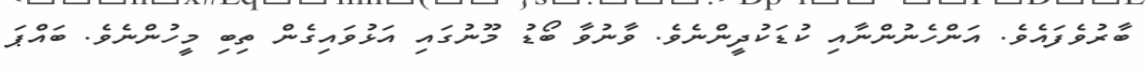
ބާރުވެފައެވެ. އަންހެނުންނާއި ކުޑަކުދީންނެވެ. ވާނުވާ ބޯޑު މޫނުގައި އަޅުވައިގެން ތިބި މީހުންނެވެ. ބައްޕަ